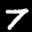
Label: 7